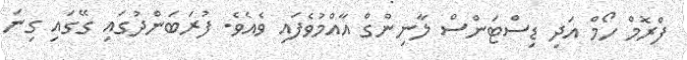
ފްރޮމް ހޯމް އަދި ޑިސްޓަންސް ލާނިންގް އާއްމުވެފައި ވެއެވެ. ފުރަބަންދުގައި ގޭގައި ގިނަ